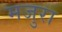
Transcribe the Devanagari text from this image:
मजुरा